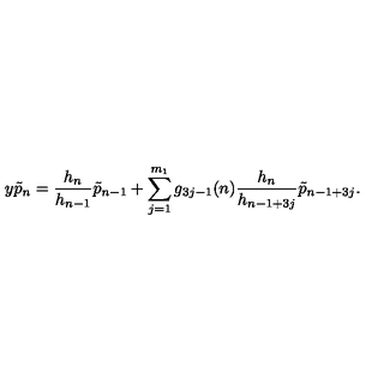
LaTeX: y \tilde { p } _ { n } = \frac { h _ { n } } { h _ { n - 1 } } \tilde { p } _ { n - 1 } + \sum _ { j = 1 } ^ { m _ { 1 } } g _ { 3 j - 1 } ( n ) \frac { h _ { n } } { h _ { n - 1 + 3 j } } \tilde { p } _ { n - 1 + 3 j } .